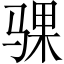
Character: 骒